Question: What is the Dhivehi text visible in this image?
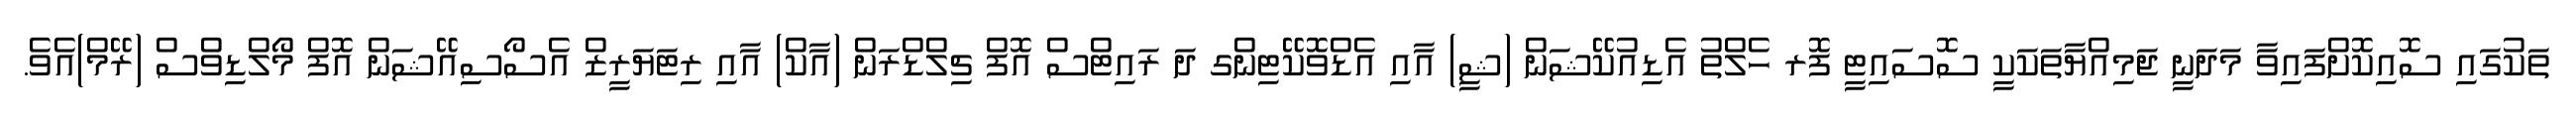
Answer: ތަކުގައި ސޮއިކޮށްފައިވާ މަދަނީ ޖަމިއްޔާތަކަކީ ސޮސައިޓީ ފޮރ ހެލްތު އެޑިއުކޭޝަން (ޝީ) އާއި އެޑްވޮކޭޓިންގ ދަ ރައިޓްސް އޮފް ޗިލްޑްރަން (އާކް) އާއި ރިޓަޔަރީޒް އެސޯސިއޭޝަން އޮފް މޯލްޑިވްސް (ރޭމް)އެވެ.